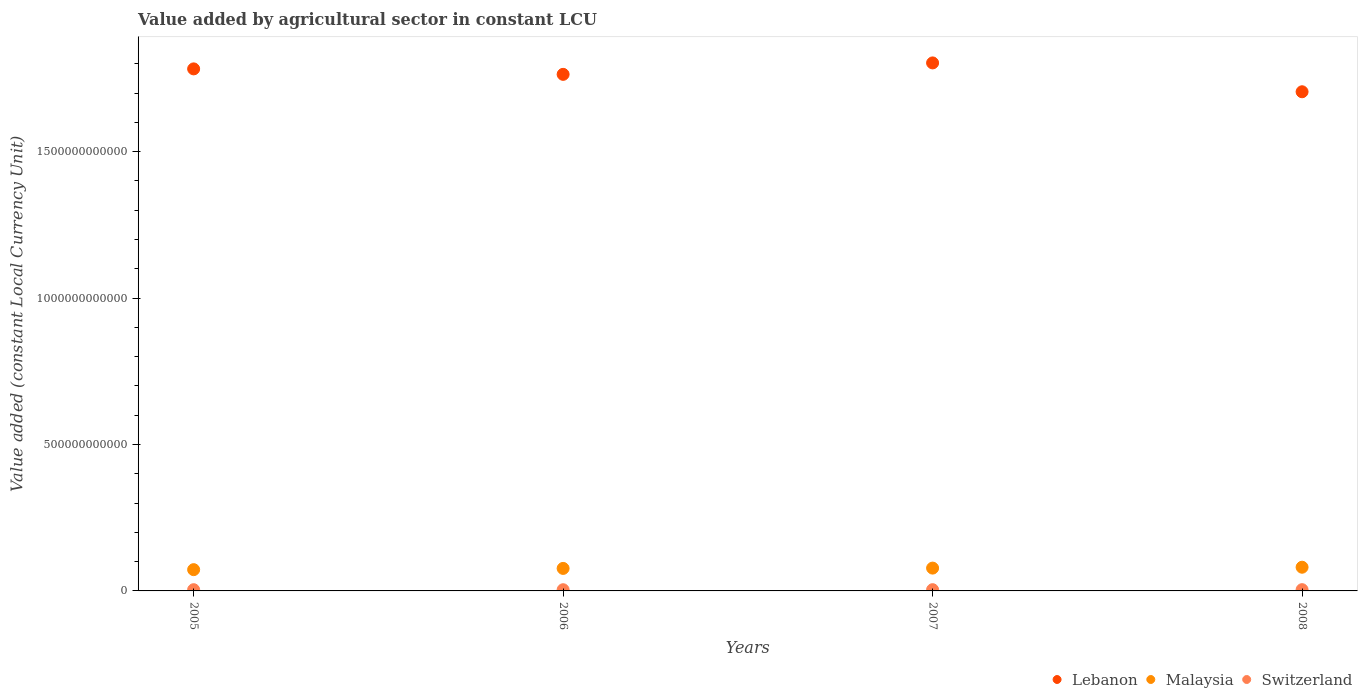
| Years | Lebanon | Malaysia | Switzerland |
 | --- | --- | --- | --- |
 | 2005 | 1.78e+12 | 7.26e+10 | 4.18e+09 |
 | 2006 | 1.76e+12 | 7.68e+10 | 4.1e+09 |
 | 2007 | 1.8e+12 | 7.79e+10 | 4.24e+09 |
 | 2008 | 1.7e+12 | 8.09e+10 | 4.31e+09 |